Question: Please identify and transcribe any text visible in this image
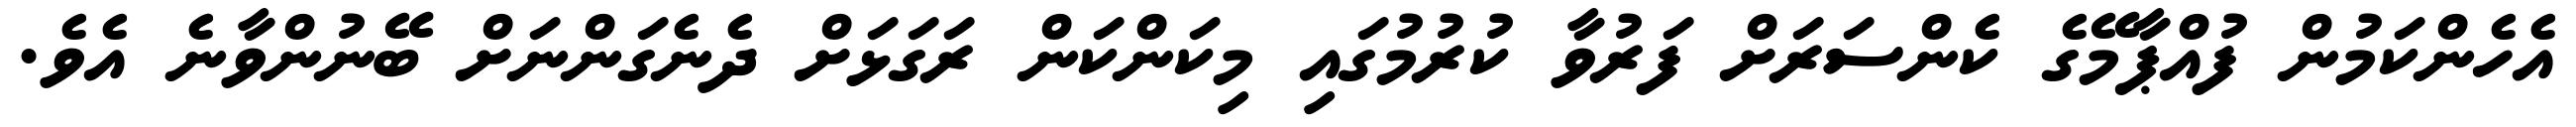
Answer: އެހެންކަމުން ފުއްޕާމޭގެ ކެންސަރަށް ފަރުވާ ކުރުމުގައި މިކަންކަން ރަގަޅަށް ދެނެގަންނަށް ބޭނުންވާނެ އެވެ.